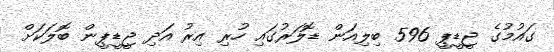
ގައުމުގެ ޖީޑީޕީ 596 ބިލިއަން ޑޮލަރުގައި ހުރި އިރު އަދި ޖީޑީޕީން ބޮލަކަށް